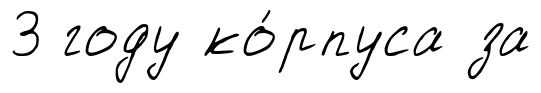
3 году ко́рпуса за